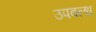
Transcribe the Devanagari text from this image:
उपबल्ध